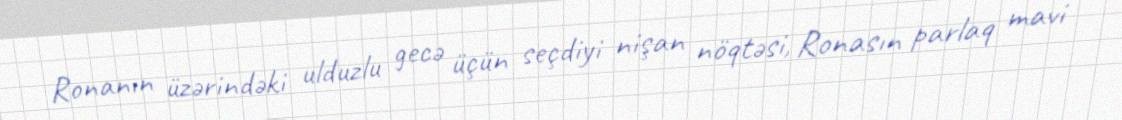
Ronanın üzərindəki ulduzlu gecə üçün seçdiyi nişan nöqtəsi, Ronasın parlaq mavi